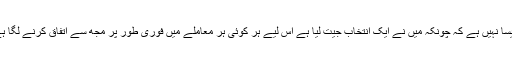
’’ایسا نہیں ہے کہ چونکہ میں نے ایک انتخاب جیت لیا ہے اس لیے ہر کوئی ہر معاملے میں فوری طور پر مجھ سے اتفاق کرنے لگا ہے۔